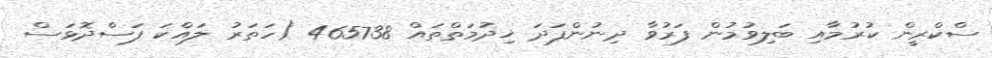
ސްކްރީން ކުރުމާއި ބަލިވުމުން ފަރުވާ ދިނުންފަދަ ޚިދުމަތްތައް 465738 (ހަތަރު ލައްކަ ފަސްދޮޅަސް